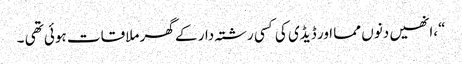
“،انھیں دنوں مما اور ڈیڈی کی کسی رشتہ دار کے گھر ملاقات ہوئی تھی ۔